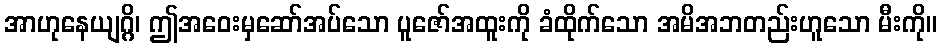
အာဟုနေယျဂ္ဂိ၊ ဤအဝေးမှဆော်အပ်သော ပူဇော်အထူးကို ခံထိုက်သော အမိအဘတည်းဟူသော မီးကို။